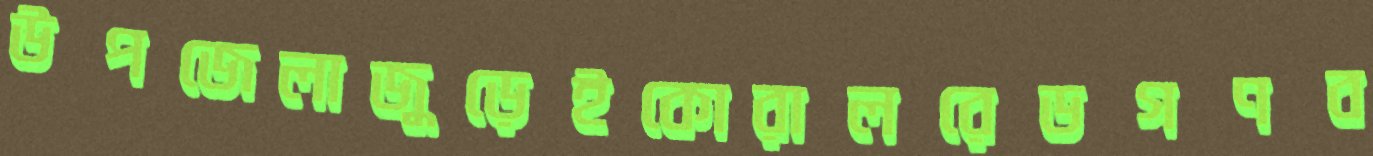
উপজেলাজুড়েইকোরালরেডগণব